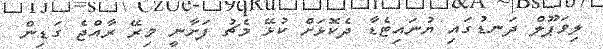
ލިވަޕޫލް ދަނޑުގައި ޔުނައިޓެޑާ ދެކޮޅަށް ކުޅޭ މެޗު ފަށާނީ މިރޭ ރާއްޖެ ގަޑިން